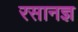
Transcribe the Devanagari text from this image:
रसानज्ञ